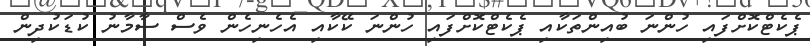
ޕެކެޓްކޮށްފައި ހުންނަ ބުއިންތަކާއި ޕެކެޓްކޮށްފައި ހުންނަ ކޭކާއި އެހެނިހެން ވެސް ސާމާނު ކުޑަކުދިން